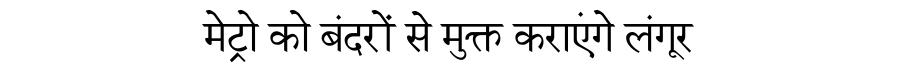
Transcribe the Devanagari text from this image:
मेट्रो को बंदरों से मुक्त कराएंगे लंगूर